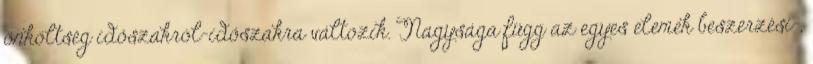
önköltség időszakról-időszakra változik. Nagysága függ az egyes elemek beszerzési-,